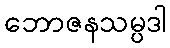
ဘောဇနသမ္ပဒါ